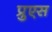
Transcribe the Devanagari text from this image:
प्रुएस